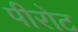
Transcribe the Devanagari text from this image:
पीरोट